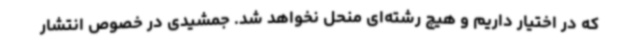
که در اختیار داریم و هیچ رشته‌ای منحل نخواهد شد. جمشیدی در خصوص انتشار